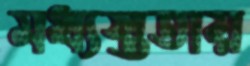
মধ্যস্ততায়